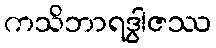
ကသိဘာရဒွါဇဿ